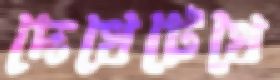
দেখেটেখে